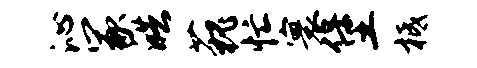
沁冢皓藐忙寰堡柢